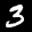
Label: 3